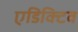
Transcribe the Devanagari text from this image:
एडिक्टिव